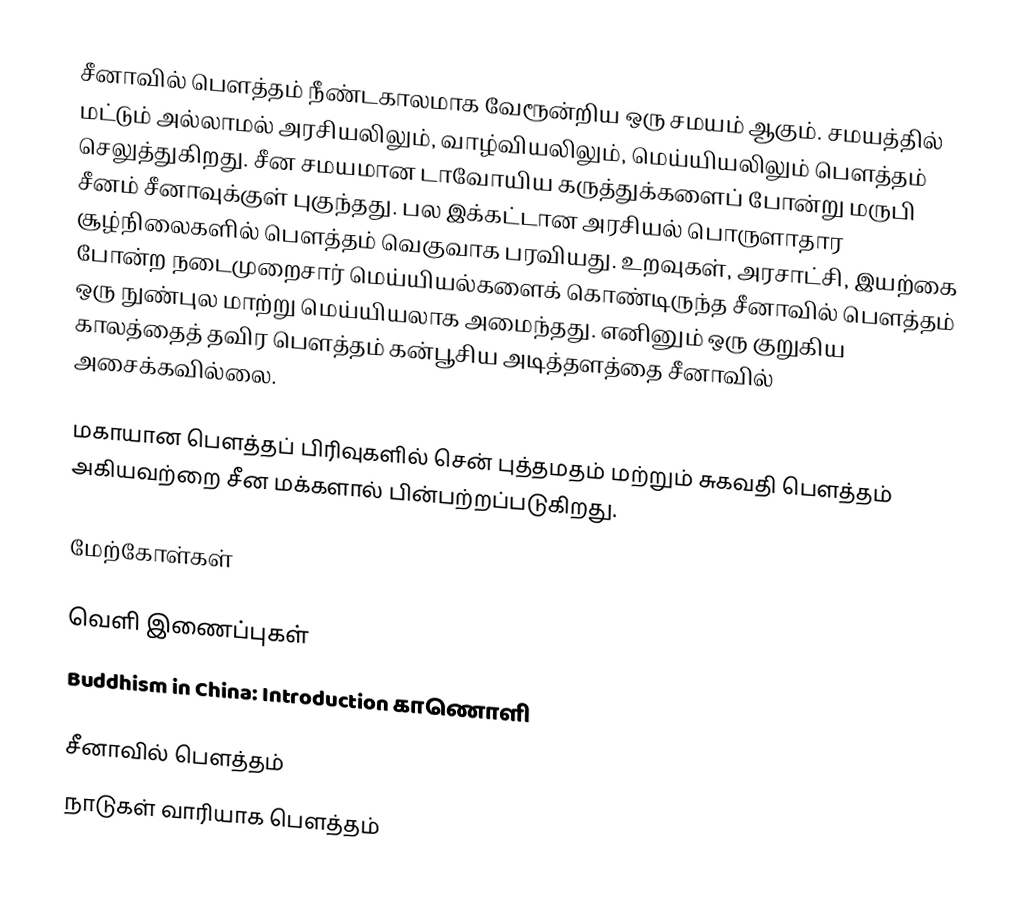
சீனாவில் பௌத்தம் நீண்டகாலமாக வேரூன்றிய ஒரு சமயம் ஆகும். சமயத்தில் மட்டும் அல்லாமல் அரசியலிலும், வாழ்வியலிலும், மெய்யியலிலும் பௌத்தம் செலுத்துகிறது. சீன சமயமான டாவோயிய கருத்துக்களைப் போன்று மருபி சீனம் சீனாவுக்குள் புகுந்தது. பல இக்கட்டான அரசியல் பொருளாதார சூழ்நிலைகளில் பௌத்தம் வெகுவாக பரவியது. உறவுகள், அரசாட்சி, இயற்கை போன்ற நடைமுறைசார் மெய்யியல்களைக் கொண்டிருந்த சீனாவில் பௌத்தம் ஒரு நுண்புல மாற்று மெய்யியலாக அமைந்தது. எனினும் ஒரு குறுகிய காலத்தைத் தவிர பௌத்தம் கன்பூசிய அடித்தளத்தை சீனாவில் அசைக்கவில்லை.

மகாயான பௌத்தப் பிரிவுகளில் சென் புத்தமதம் மற்றும் சுகவதி பௌத்தம் அகியவற்றை சீன மக்களால் பின்பற்றப்படுகிறது.

மேற்கோள்கள்

வெளி இணைப்புகள்
 Buddhism in China: Introduction காணொளி

சீனாவில் பௌத்தம்
நாடுகள் வாரியாக பௌத்தம்